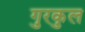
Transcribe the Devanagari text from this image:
गुरकुल